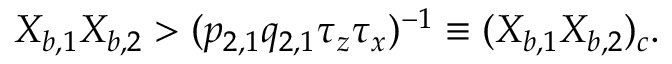
X _ { b , 1 } X _ { b , 2 } > ( p _ { 2 , 1 } q _ { 2 , 1 } \tau _ { z } \tau _ { x } ) ^ { - 1 } \equiv ( X _ { b , 1 } X _ { b , 2 } ) _ { c } .